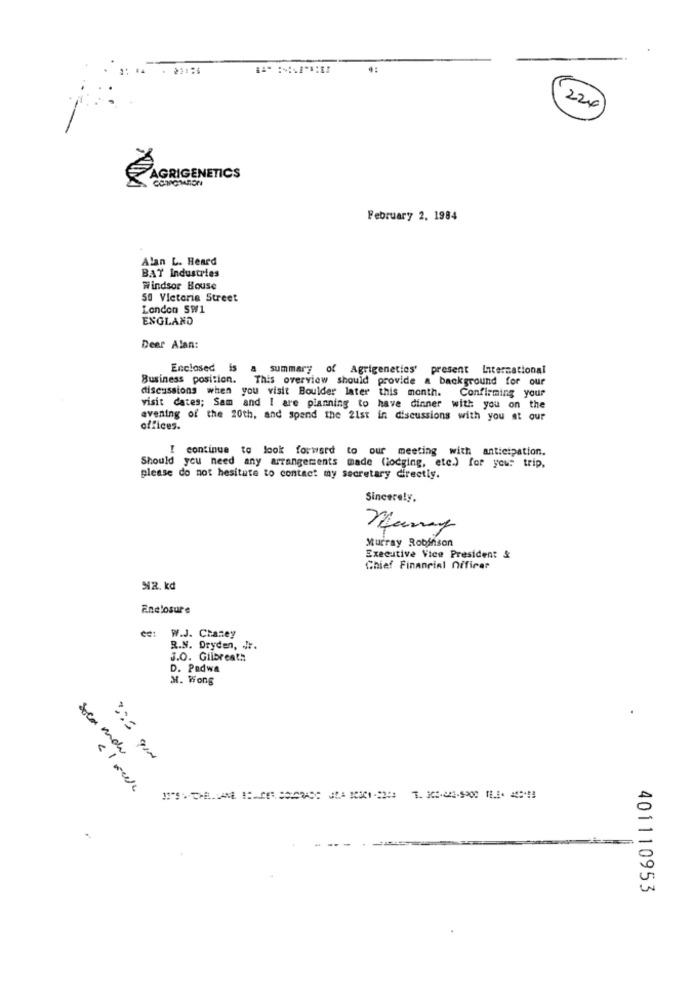
224
AGRIGENETICS
February 2, 1984
Alan L. Heard
BAT Industries
Windsor House
50 Victoria Street
London SW1
ENGLAND
Deer Alan:
Enclosed
is
a summary of Agrigeneties' present International
Business position.
This overview should provide a background for our
discussions when you visit Boulder later this month.
Confirming your
visit dates; Sam and I are planning to have dinner with you on the
evening of the 20th, and spend the 21st in discussions with you at our
offices.
I continue to look forward to our meeting with anticipation.
Should you need any arrangements made (lodging, etc.) for your trip.
please do not hesitate to contact my secretary directly.
Sincerely,
Murray Robinson
Executive Vice President &
Chief Financial nificar
NR. kd
Enclosure
ee: W.J. Chaney
R.N. Dryden, Jr.
J.0. Gilbreath
D. Padwa
M. Wong
Soca mda
375 GIN
401110953